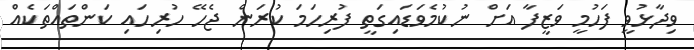
ވިދާޅުވީ ފަހުމީ ވަޒީފާ އަށް ނުކުމެވަޑައިގަތީ ފުރިހަމަ ކުރަން ޖެހޭ ހުރިހައި ކަންތައްތަކެއް